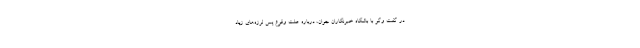
در گفت وگو با باشگاه خبرنگاران جوان، درباره علت وقوع پس لرزه‌های زیاد